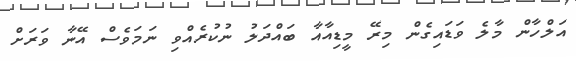
އަލްހާން މާލެ ވަޑައިގެން މިރޭ މީޑިއާއާ ބައްދަލު ނުކުރެއްވި ނަމަވެސް އޭނާ ވަރަށް